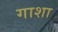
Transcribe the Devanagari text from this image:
गाशा